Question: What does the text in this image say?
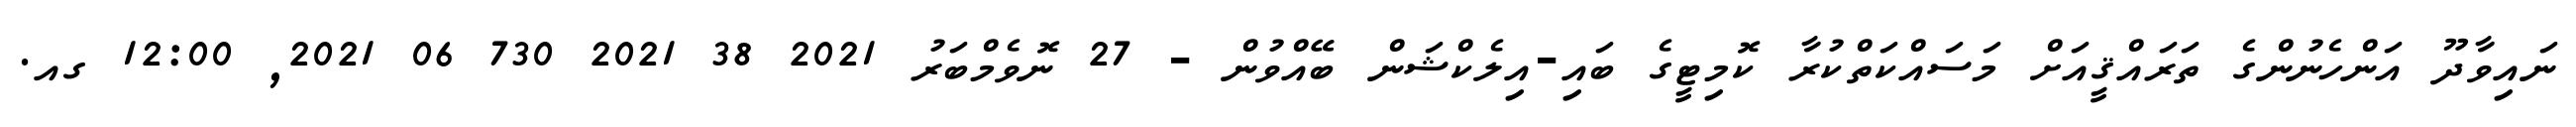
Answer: ނައިވާދޫ އަންހެނުންގެ ތަރައްޤީއަށް މަސައްކަތްކުރާ ކޮމިޓީގެ ބައި-އިލެކްޝަން ބޭއްވުން - 27 ނޮވެމްބަރު 2021 38 2021 730 06 2021, 12:00 ގއ.